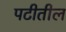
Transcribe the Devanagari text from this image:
पटीतील